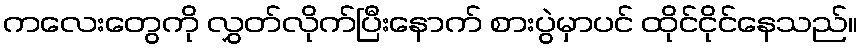
ကလေးတွေကို လွှတ်လိုက်ပြီးနောက် စားပွဲမှာပင် ထိုင်ငိုင်နေသည်။